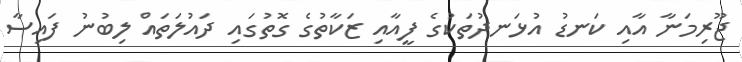
ޖޫރިމަނާ އާއި ކަނޑު އުޅަނދުތަކުގެ ފީއާއި ޒަކާތުގެ ގޮތުގައި ދައުލަތައް ލިބުނު ފައިސާ